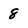
Character: 8